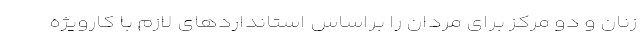
زنان و دو مرکز برای مردان را براساس استانداردهای لازم با کارویژه